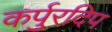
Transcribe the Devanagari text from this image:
कर्पुरदिप